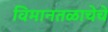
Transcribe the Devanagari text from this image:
विमानतळाचेचे